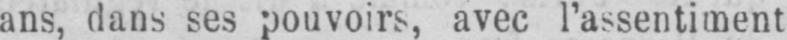
ans, dans ses pouvoirs, avec l’assentiment